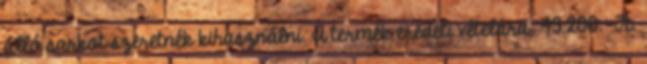
álló sarkot szeretnék kihasználni. A termék eredeti vételára: 43.200.-Ft.